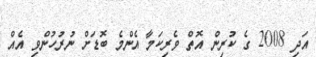
އަދި 2008 ގެ ކުރިން އޮތް ވެރިކަމާ އެންމެ ބޮޑަށް ނުރުހުންވި އެއް